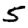
Digit: 5